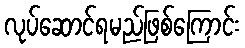
လုပ်ဆောင်ရမည်ဖြစ်ကြောင်း